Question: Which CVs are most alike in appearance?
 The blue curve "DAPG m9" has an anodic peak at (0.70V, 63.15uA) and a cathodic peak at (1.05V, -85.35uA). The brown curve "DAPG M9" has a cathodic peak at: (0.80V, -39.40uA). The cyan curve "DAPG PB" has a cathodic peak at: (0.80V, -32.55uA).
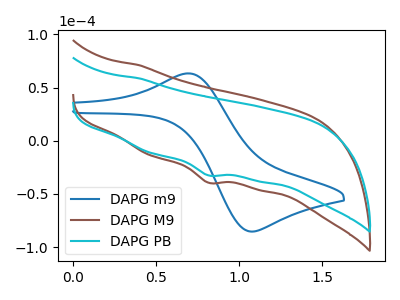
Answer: <think>"DAPG m9" and "DAPG M9" have a different number of peaks. "DAPG m9" and "DAPG PB" have a different number of peaks. All the peaks in "DAPG M9" have a peak in "DAPG PB" at the same potential. Every peak in "DAPG M9" is higher than every peak in "DAPG PB".
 </think>
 <answer>"DAPG PB" and "DAPG M9" have the same shape and are likely CV's of the same chemical.</answer>
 <eval>"DAPG PB" "DAPG M9"</eval>